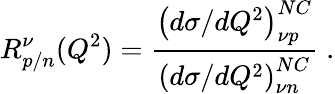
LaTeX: R_{p/n}^{\nu}(Q^{2})=\frac{\left(d\sigma/dQ^{2}\right)_{\nu p}^{NC}}{\left(d\sigma/dQ^{2}\right)_{\nu n}^{NC}}\; .